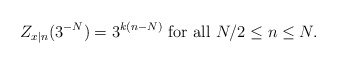
\begin{align*}Z_{x|n}(3^{-N})=3^{k(n-N)} \mbox{ for all } N/2\leq n\leq N. \end{align*}